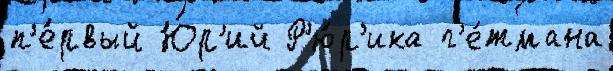
п'е́рвый Ю́р'ий Р'ю́р'ика г'е́тмана